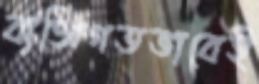
ব্যক্তিগতভাবেই